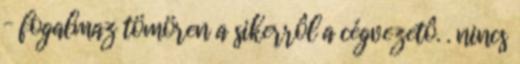
– fogalmaz tömören a sikerrôl a cégvezetô. . nincs